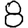
Digit: 8